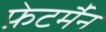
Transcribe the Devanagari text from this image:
फ़ेटर्मैन